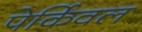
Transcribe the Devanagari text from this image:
पेर्किवल